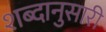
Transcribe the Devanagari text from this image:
शब्दानुसारी